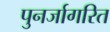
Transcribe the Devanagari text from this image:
पुनर्जागरित